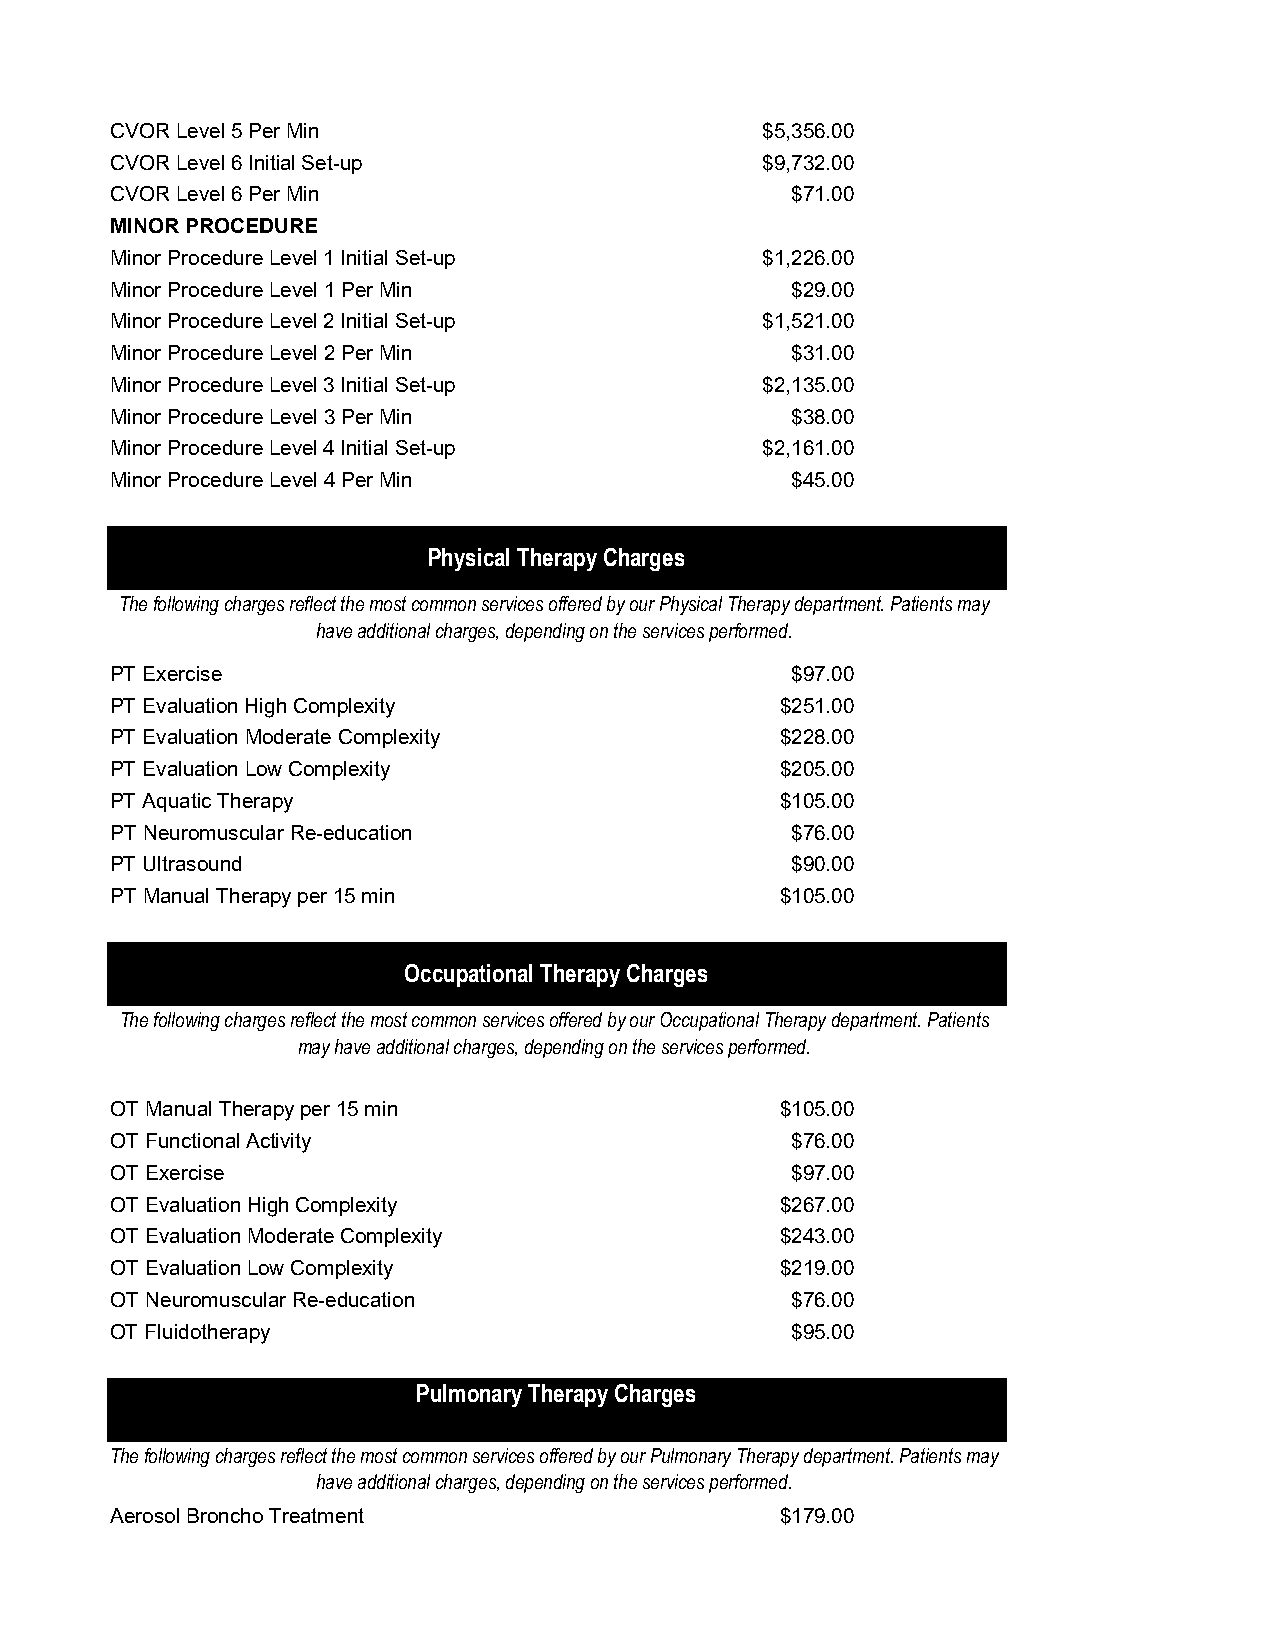
CVOR Level 5 Per Min                       $5,356.00
 CVOR Level 6 Initial Set-up                $9,732.00
 CVOR Level 6 Per Min                         $71.00
 MINOR PROCEDURE
 Minor Procedure Level 1 Initial Set-up     $1,226.00
 Minor Procedure Level 1 Per Min              $29.00
 Minor Procedure Level 2 Initial Set-up     $1,521.00
 Minor Procedure Level 2 Per Min              $31.00
 Minor Procedure Level 3 Initial Set-up     $2,135.00
 Minor Procedure Level 3 Per Min              $38.00
 Minor Procedure Level 4 Initial Set-up     $2,161.00
 Minor Procedure Level 4 Per Min              $45.00
 Physical Therapy Charges
 The following charges reflect the most common services offered by our Physical Therapy department. Patients may
 have additional charges, depending on the services performed.
 PT Exercise                                  $97.00
 PT Evaluation High Complexity               $251.00
 PT Evaluation Moderate Complexity           $228.00
 PT Evaluation Low Complexity                $205.00
 PT Aquatic Therapy                          $105.00
 PT Neuromuscular Re-education                $76.00
 PT Ultrasound                                $90.00
 PT Manual Therapy per 15 min                $105.00
 Occupational Therapy Charges
 The following charges reflect the most common services offered by our Occupational Therapy department. Patients
 may have additional charges, depending on the services performed.
 OT Manual Therapy per 15 min                $105.00
 OT Functional Activity                       $76.00
 OT Exercise                                  $97.00
 OT Evaluation High Complexity               $267.00
 OT Evaluation Moderate Complexity           $243.00
 OT Evaluation Low Complexity                $219.00
 OT Neuromuscular Re-education                $76.00
 OT Fluidotherapy                             $95.00
 Pulmonary Therapy Charges
 The following charges reflect the most common services offered by our Pulmonary Therapy department. Patients may
 have additional charges, depending on the services performed.
 Aerosol Broncho Treatment                   $179.00